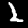
Digit: 2